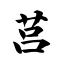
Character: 莒